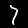
Label: 7